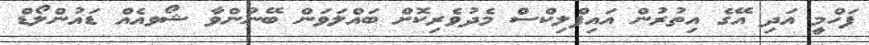
ފަހްމީ އަދި އޭގެ އިތުރުން އައިފްލިކްސް މެދުވެރިކޮށް ބައްލަވަން ބޭނުންވާ ޝޯވއެއް ޑައުންލޯޑް